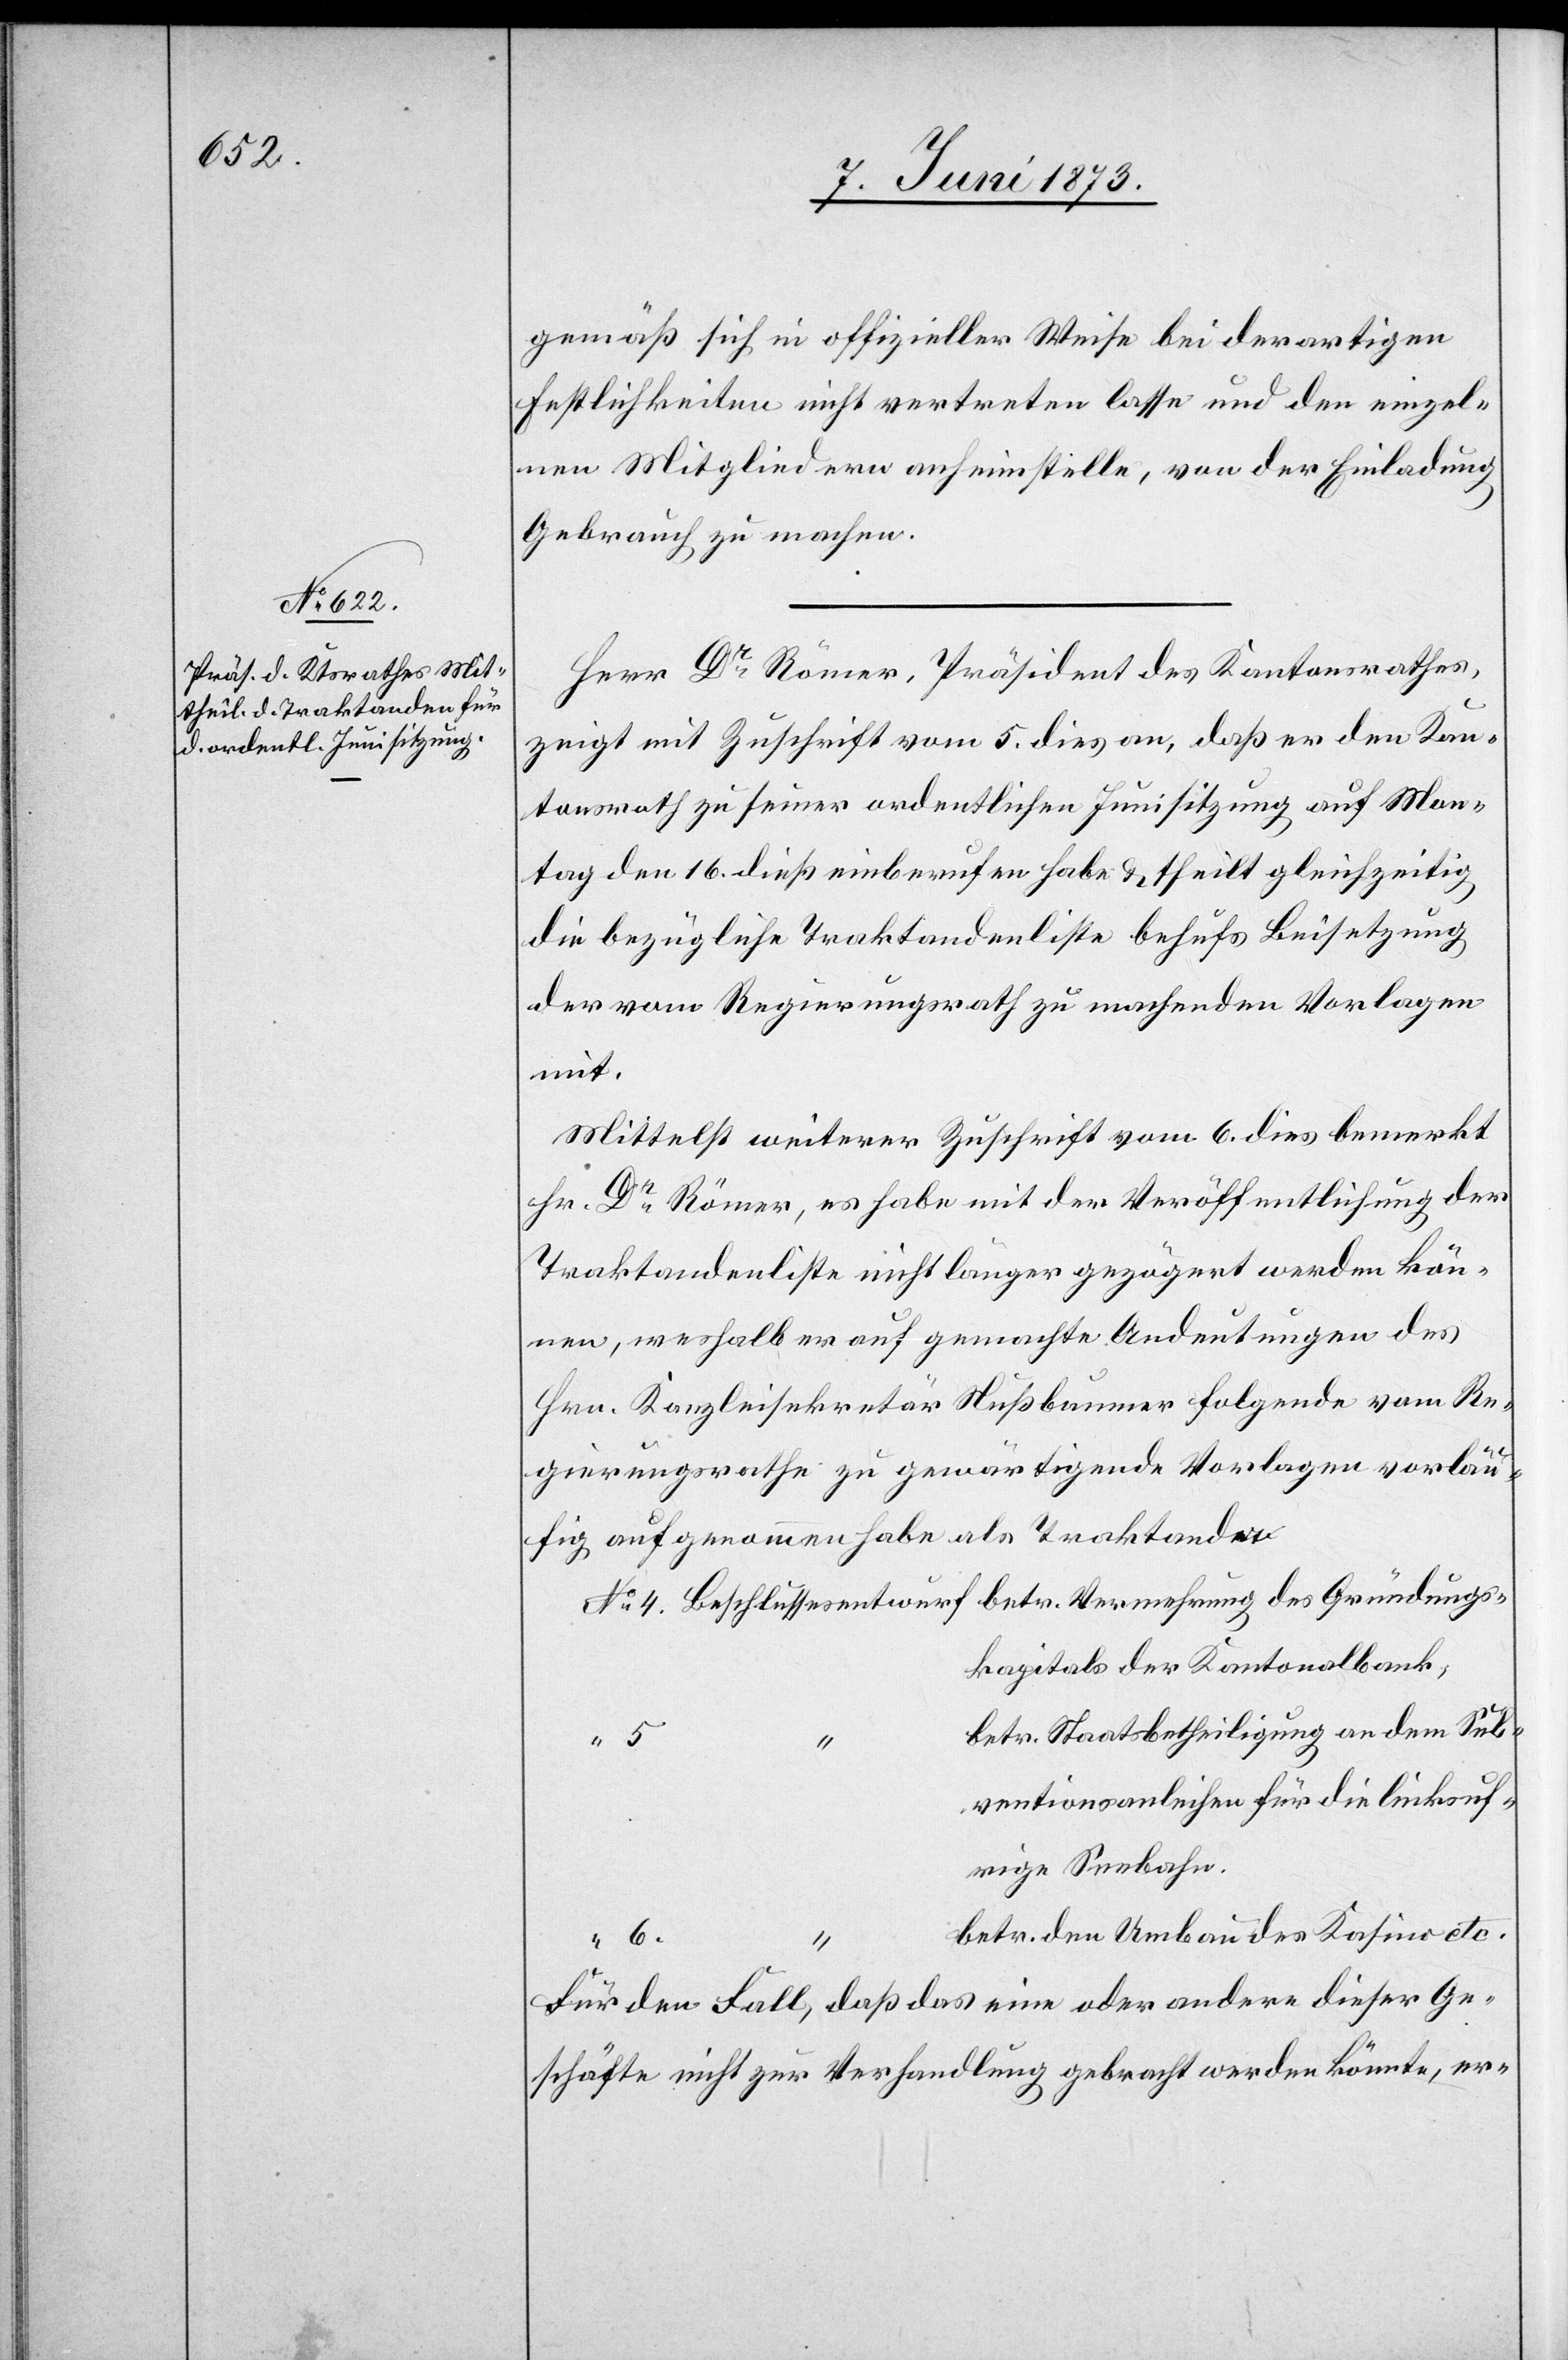
No 4.

gemäß sich in offizieller Weise bei derartigen
Festlichkeiten nicht vertreten lasse und den einzel¬
nen Mitgliedern anheimstelle, von der Einladung
Gebrauch zu machen.
Herr Dr Römer, Präsident des Kantonsrathes,
zeigt mit Zuschrift vom 5. dies an, daß er den Kan¬
tonsrath zu seiner ordentlichen Junisitzung auf Mon¬
tag den 16. dieß einberufen habe & theilt gleichzeitig
die bezügliche Traktandenliste behufs Beisetzung
der vom Regierungsrath zu machenden Vorlagen
Gründungs¬
Mittelst weiterer Zuschrift vom 6. dies bemerkt
Hr. Dr Römer, es habe mit der Veröffentlichung der
Traktandenliste nicht länger gezögert werden kön¬
nen, weshalb er auf gemachte Andeutungen des
Hrn. Kanzleisekretär Nußbaumer folgende vom Re¬
gierungsrathe zu gewärtigende Vorlagen vorläu¬
fig aufgenommen habe als Traktanden
kapitals der Kantonalbank,
betr. Staatsbetheiligung an dem Sub¬
ventionsanleihen für die linksuf¬
rige Seebahn.
betr. den Umbau des Kasino etc.
“ 6.
Für den Fall, daß das eine oder andere dieser Ge¬
schäfte nicht zur Verhandlung gebracht werden könnte, er-